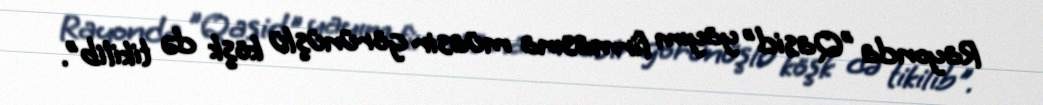
Rayonda ”Qasid" yayım firmasına müasir görünüşlü köşk də tikilib".